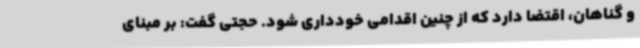
و گناهان، اقتضا دارد که از چنین اقدامی خودداری شود. حجتی گفت: بر مبنای